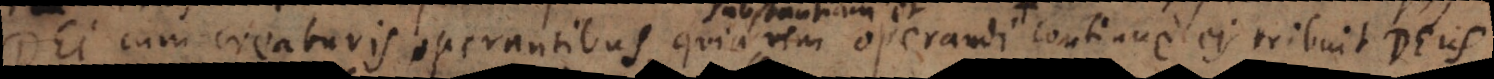
Dei cum creaturis operantibus quia vim operandi continue eis tribuit Deus,